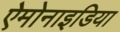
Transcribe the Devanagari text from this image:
ऐमोनाइडिया